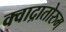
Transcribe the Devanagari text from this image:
क्वाद्रातोरुम